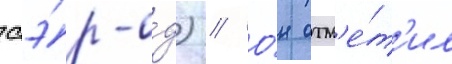
сэ́р-о́д) // О́н отм'е́т'ил